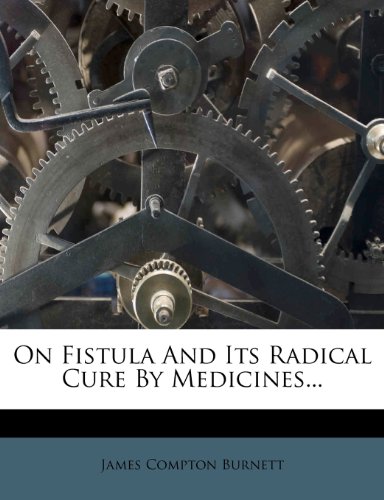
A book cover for On Fistula and Its Radical Cure by Medicines...; James Compton Burnett; Health, Fitness & Dieting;